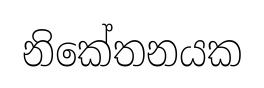
නිකේතනයක